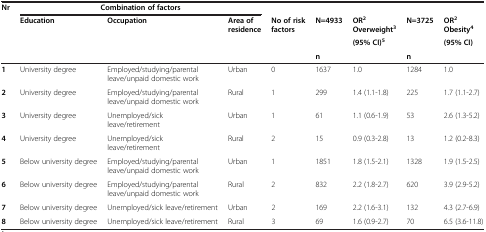
| Nr | <COLSPAN=3> Combination of factors |  |  |  |  |  |
 |  | Education | Occupation | Area of residence | No of risk factors | N=4933 | OR2 Overweight3 | N=3725 | OR2 Obesity4 |
 |  |  |  |  |  |  | (95% CI)5 |  | (95% CI) |
 |  |  |  |  |  | n |  | n |  |
 | --- | --- | --- | --- | --- | --- | --- | --- | --- |
 | 1 | University degree | Employed/studying/parental leave/unpaid domestic work | Urban | 0 | 1637 | 1.0 | 1284 | 1.0 |
 | 2 | University degree | Employed/studying/parental leave/unpaid domestic work | Rural | 1 | 299 | 1.4 (1.1-1.8) | 225 | 1.7 (1.1-2.7) |
 | 3 | University degree | Unemployed/sick leave/retirement | Urban | 1 | 61 | 1.1 (0.6-1.9) | 53 | 2.6 (1.3-5.2) |
 | 4 | University degree | Unemployed/sick leave/retirement | Rural | 2 | 15 | 0.9 (0.3-2.8) | 13 | 1.2 (0.2-8.3) |
 | 5 | Below university degree | Employed/studying/parental leave/unpaid domestic work | Urban | 1 | 1851 | 1.8 (1.5-2.1) | 1328 | 1.9 (1.5-2.5) |
 | 6 | Below university degree | Employed/studying/parental leave/unpaid domestic work | Rural | 2 | 832 | 2.2 (1.8-2.7) | 620 | 3.9 (2.9-5.2) |
 | 7 | Below university degree | Unemployed/sick leave/retirement | Urban | 2 | 169 | 2.2 (1.6-3.1) | 132 | 4.3 (2.7-6.9) |
 | 8 | Below university degree | Unemployed/sick leave/retirement | Rural | 3 | 69 | 1.6 (0.9-2.7) | 70 | 6.5 (3.6-11.8) |